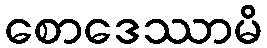
စောဒေဿာမိ